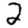
Digit: 2